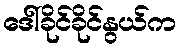
ဒေါ်ခိုင်ခိုင်နွယ်က